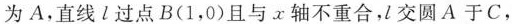
为A，直线l过点B(1，0)且与x轴不重合，l交圆A于C，